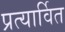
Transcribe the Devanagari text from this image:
प्रत्यार्वित